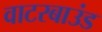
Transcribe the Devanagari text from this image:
वाटरबाउंड